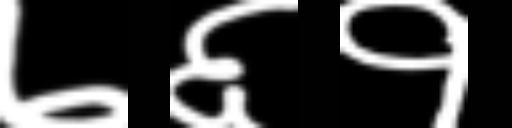
Text: ७६१